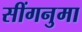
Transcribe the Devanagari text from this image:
सींगनुमा